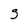
Character: g